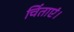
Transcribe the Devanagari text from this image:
चिंताएं।